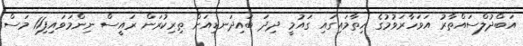
އަބްދުލްސައްތާރު އަވަހާރަވުމުގެ ހިތާމައިގައި ގައުމީ ދިދަ ބައިދަނޑިއަށް ތިރިކުރަން ރައީސް ނިންމަވައިފި11 މަސް